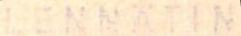
LENNÄTIN